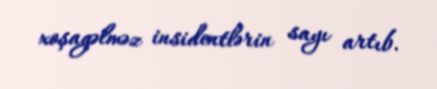
xoşagəlməz insidentlərin sayı artıb.